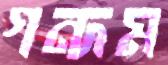
গন্দম